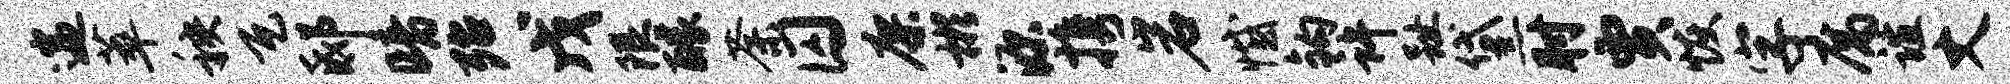
遄萃秧瓦邸暗殆戊限醵荼囚廖彬源携岩憾钩许趾黛肘贾恢字腐谊丈